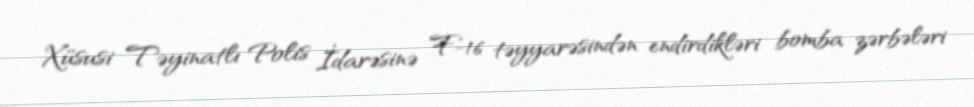
Xüsusi Təyinatlı Polis İdarəsinə F-16 təyyarəsindən endirdikləri bomba zərbələri